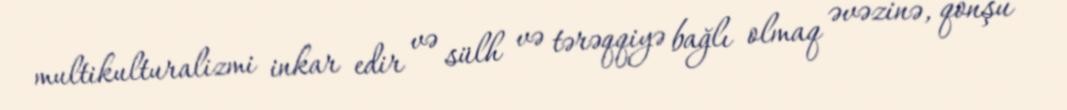
multikulturalizmi inkar edir və sülh və tərəqqiyə bağlı olmaq əvəzinə, qonşu